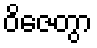
ဝိဇေတွာ